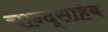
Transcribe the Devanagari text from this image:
चान्द्साहेब